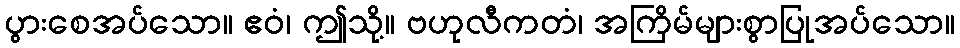
ပွားစေအပ်သော။ ဧဝံ၊ ဤသို့။ ဗဟုလီကတံ၊ အကြိမ်များစွာပြုအပ်သော။